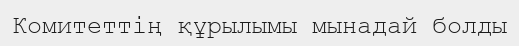
Комитеттің құрылымы мынадай болды